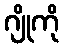
ဂျိုကို